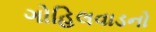
ગોહિલવાડનો